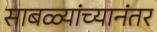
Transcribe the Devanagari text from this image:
साबळ्यांच्यानंतर